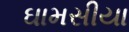
ઘામસીયા